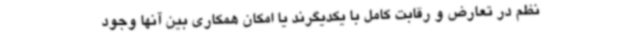
نظم در تعارض و رقابت کامل با یکدیگرند یا امکان همکاری بین آنها وجود